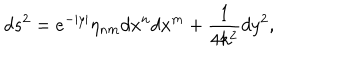
LaTeX: d s ^ { 2 } = e ^ { - | y | } \eta _ { n m } d x ^ { n } d x ^ { m } + \frac { 1 } { 4 k ^ { 2 } } d y ^ { 2 } ,